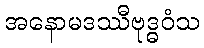
အနောမဒဿီဗုဒ္ဓဝံသ